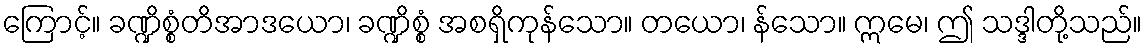
ကြောင့်။ ခဏ္ဍိစ္စံတိအာဒယော၊ ခဏ္ဍိစ္စံ အစရှိကုန်သော။ တယော၊ န်သော။ ဣမေ၊ ဤ သဒ္ဒါတို့သည်။